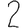
Digit: 2